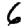
Digit: 6